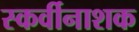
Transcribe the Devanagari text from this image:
स्कर्वीनाशक